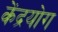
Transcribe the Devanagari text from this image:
केंद्रयोग